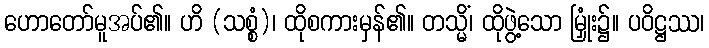
ဟောတော်မူအပ်၏။ ဟိ (သစ္စံ)၊ ထိုစကားမှန်၏။ တသ္မိံ၊ ထိုဖွဲ့သော မြှုံး၌။ ပဝိဋ္ဌဿ၊